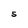
Character: S